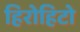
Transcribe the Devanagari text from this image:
हिरोहिटो